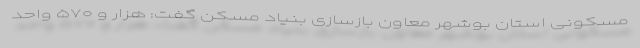
مسکونی استان بوشهر معاون بازسازی بنیاد مسکن گفت: هزار و ۵۷۰ واحد